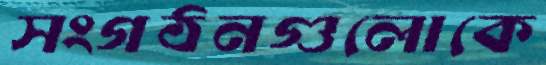
সংগঠনগুলোকে